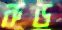
রুড